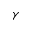
\gamma